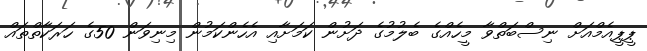
ޕީޕީއެމްއަށް ނިސްބަތްވާ މީހެއްގެ ބެލުމުގެ ދަށުން ކަމަށާއި އެހެންކަމުން މިނިވަން 50ގެ ހަރަކާތްތައް